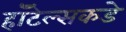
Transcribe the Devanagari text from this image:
हॉटेल्सकडे